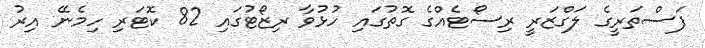
ފަސްތަރީގެ ލަގްޒަރީ ރިސޯޓެއްގެ ގޮތުގައި ހުޅުވާ ރިޒޯޓުގައި 82 ކޮޓަރި ހިމެނޭ އިރު